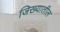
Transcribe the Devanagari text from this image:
जिख्यातील